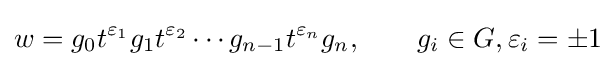
w=g_{0}t^{\varepsilon _{1}}g_{1}t^{\varepsilon _{2}}\cdots g_{n-1}t^{\varepsilon _{n}}g_{n},\qquad g_{i}\in G,\varepsilon _{i}=\pm 1